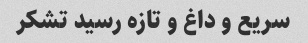
سریع و داغ و تازه رسید تشکر